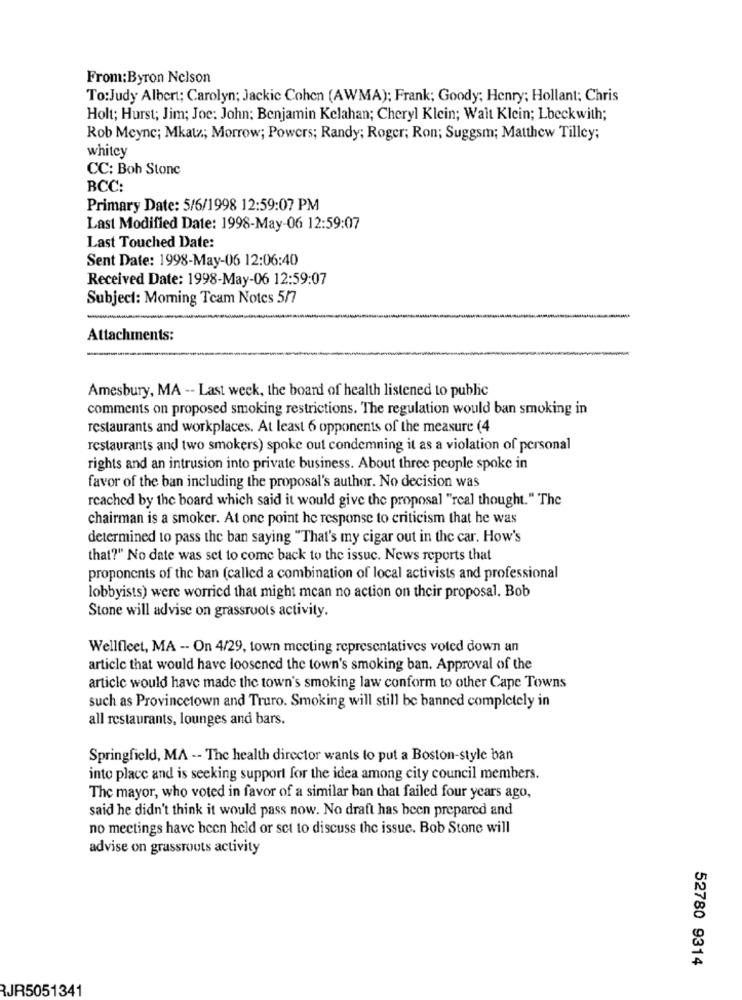
From:Byron Nelson
To:Judy Albert; Carolyn; Jackie Cohen (AWMA); Frank; Goody; Henry; Hollant; Chris
Holt; Hurst; Jim; Joe: John: Benjamin Kelahan; Cheryl Klein; Walt Klein; Lbeckwith;
Rob Meync; Mkatz; Morrow; Powers; Randy; Roger; Ron; Suggsm; Matthew Tilley;
whitey
CC: Boh Stone
BCC:
Primary Date: 5/6/1998 12:59:07 PM
Last Modified Date: 1998-May-06 12:59:07
Last Touched Date:
Sent Date: 1998-May-06 12:06:40
Received Date: 1998-May-06 12:59:07
Subject: Moring Team Notes 5/7
-
Attachments:
Amesbury, MA -- Last week, the board of health listened to public
comments on proposed smoking restrictions. The regulation would ban smoking in
restaurants and workplaces. At least 6 opponents of the measure (4
restaurants and two smokers) spoke out condemning it as a violation of personal
rights and an intrusion into private business. About three people spoke in
favor of the ban including the proposal's author. No decision was
reached by the board which said it would give the proposal "real thought." The
chairman is a smoker. At one point he response to criticism that he was
determined to pass the ban saying "That's my cigar out in the car. How's
that?" No date was set to come back to the issuc. News reports that
proponents of the ban (called a combination of local activists and professional
lobbyists) were worried that might mean no action on their proposal. Bob
Stone will advise on grassroots activity.
Wellfleet, MA -- On 4/29, town meeting representatives voted down an
article that would have loosened the town's smoking ban. Approval of the
article would have made the town's smoking law conform to other Cape Towns
such as Provincetown and Truro. Smoking will still be banned completely in
all restaurants, lounges and bars.
Springfield, MA -- The health director wants to put a Boston-style ban
into place and is seeking support for the idea among city council members.
The mayor, who voted in favor of a similar ban that failed four years ago,
said he didn't think it would pass now. No draft has been prepared and
no meetings have been held or set to discuss the issue. Bob Stone will
advise on grassroots activity
52780 9314
RJR5051341